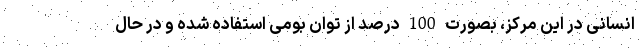
انسانی در این مرکز، بصورت 100 درصد از توان بومی استفاده شده و در حال